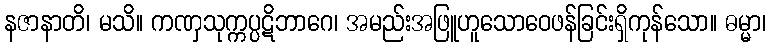
နဇာနာတိ၊ မသိ။ ကဏှသုက္ကပ္ပဋိဘာဂေ၊ အမည်းအဖြူဟူသောဝေဖန်ခြင်းရှိကုန်သော။ ဓမ္မာ၊